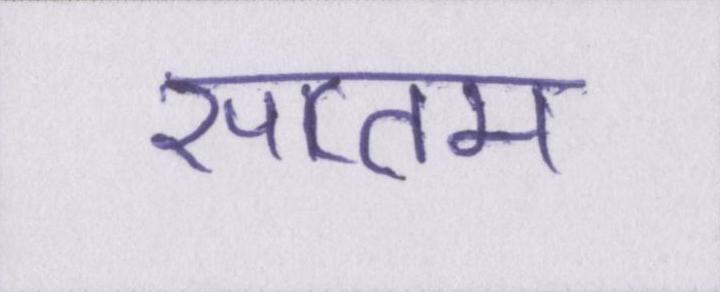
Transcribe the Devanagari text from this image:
सप्तम